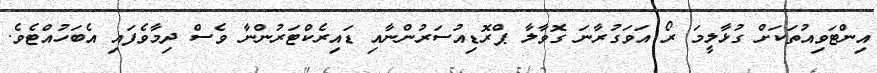
އިންޓަވިއުތަކަށް ގުޅާލީމަ ރޯ އަވަގުރާނަ ގޮވާލާ ޕްރޮޑިއުސަރުންނާއި ޑައިރެކްޓަރުންނާ ވެސް ދިމާވެފައި އެބަހުއްޓެވެ.